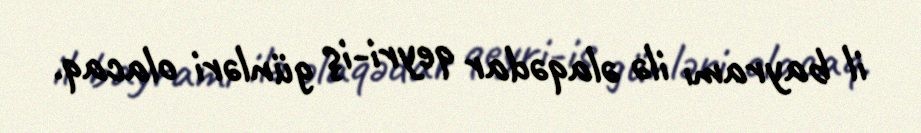
il bayramı ilə əlaqədar qeyri-iş günləri olacaq.